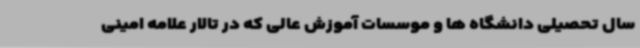
سال تحصیلی دانشگاه ها و موسسات آموزش عالی که در تالار علامه امینی